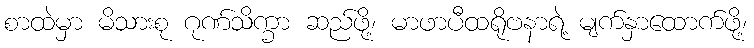
စာထဲမှာ မိသားစု ဂုဏ်သိက္ခာ ဆည်ဖို့၊ မာဖာပီထရိုဗနာရဲ့ မျက်နှာထောက်ဖို့၊